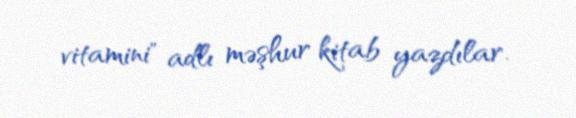
vitamini" adlı məşhur kitab yazdılar.